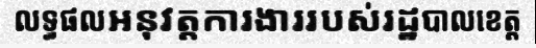
លទ្ធផលអនុវត្តការងាររបស់រដ្ឋបាលខេត្ត